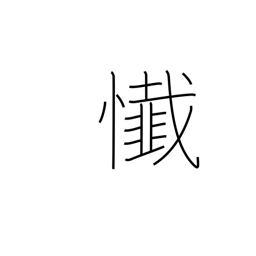
Meaning: remorse